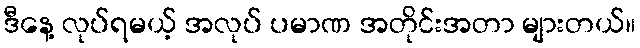
ဒီနေ့ လုပ်ရမယ့် အလုပ် ပမာဏ အတိုင်းအတာ များတယ်။